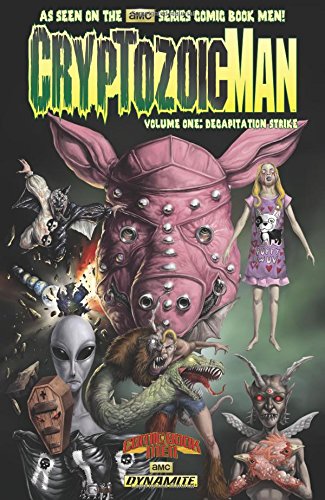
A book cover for Cryptozoic Man Volume 1; Bryan Johnson; Comics & Graphic Novels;